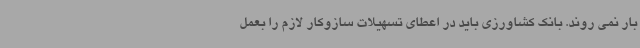
بار نمی روند. بانک کشاورزی باید در اعطای تسهیلات سازوکار لازم را بعمل